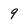
Character: 9